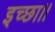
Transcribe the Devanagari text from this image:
इच्‍छा।।